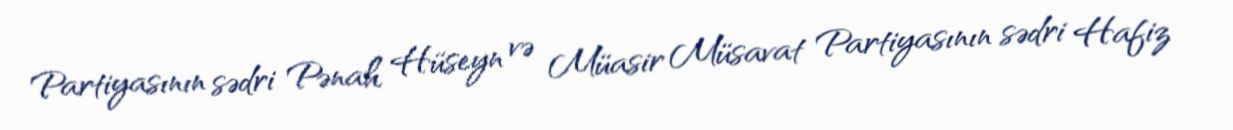
Partiyasının sədri Pənah Hüseyn və Müasir Müsavat Partiyasının sədri Hafiz